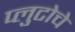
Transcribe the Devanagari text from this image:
प्लुटोचे